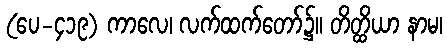
(ပေ-၄၁၉) ကာလေ၊ လက်ထက်တော်၌။ တိတ္ထိယာ နာမ၊